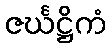
ဇင်္ဃဋ္ဌိကံ